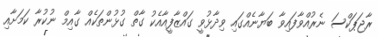
ރާޖަޕަކްސަ ނެރުއްވާފައިވާ ބަޔާނެއްގައި ވިދާޅުވީ ގައްޒާފީއާއެކު ގާތް ގުޅުންތަކެއް ގާއިމް ނުކުރާ ކަމަށާއި